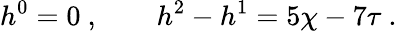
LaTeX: h^{0}=0\ ,\qquad h^{2}-h^{1}=5\chi-7\tau\ .